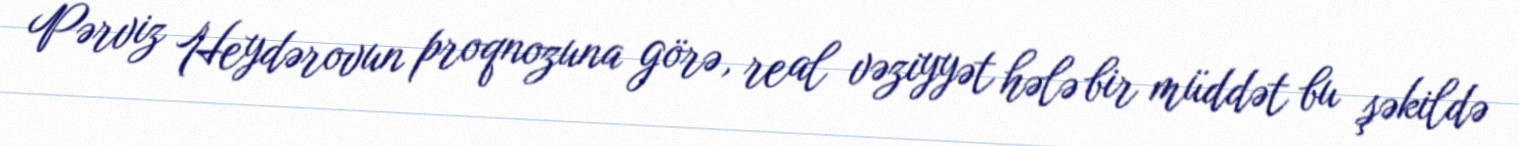
Pərviz Heydərovun proqnozuna görə, real vəziyyət hələ bir müddət bu şəkildə